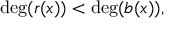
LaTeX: \deg ( r ( x ) ) < \deg ( b ( x ) ) ,